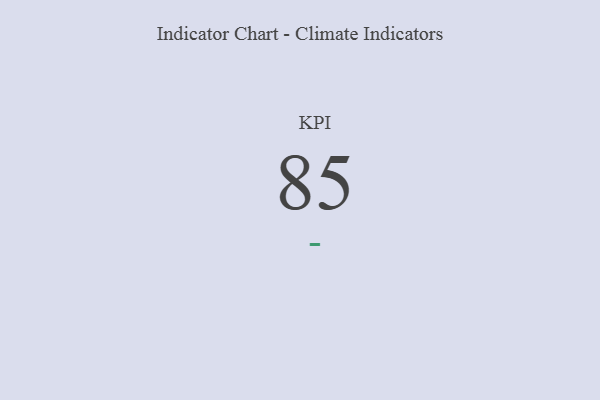
{"axis": {"x": "KPI", "y": "Value"}, "legend": [""], "data": [{"x": "KPI", "y": 85, "type": ""}]}